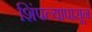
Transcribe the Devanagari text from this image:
शिंपल्यापासून